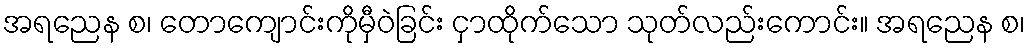
အရညေန စ၊ တောကျောင်းကိုမှီဝဲခြင်း ငှာထိုက်သော သုတ်လည်းကောင်း။ အရညေန စ၊